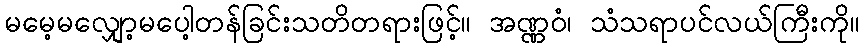
မမေ့မလျှော့မပေါ့တန်ခြင်းသတိတရားဖြင့်။ အဏ္ဏဝံ၊ သံသရာပင်လယ်ကြီးကို။